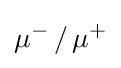
\mathrm {\mu } ^{-}\,/\,\mathrm {\mu } ^{+}